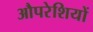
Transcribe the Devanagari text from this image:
औपरेशियों